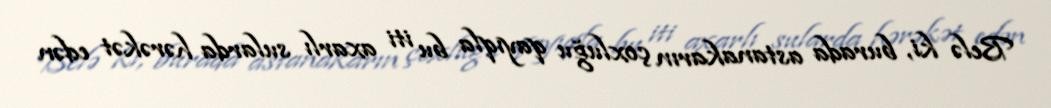
Belə ki, burada astanakarın çoxluğu qayıqla bu iti axarlı sularda hərəkət edən